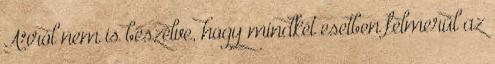
Arról nem is beszélve, hogy mindkét esetben felmerül az